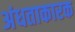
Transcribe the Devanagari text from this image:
अंधताकारक